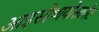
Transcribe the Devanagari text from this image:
आइसोथायोसानेट